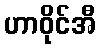
ဟာဝိုင်အီ